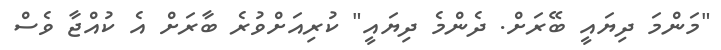
"މަންމަ ދިޔައީ ބޭރަށް. ދެންމެ ދިޔައީ" ކުރިއަށްވުރެ ބާރަށް އެ ކުއްޖާ ވެސް